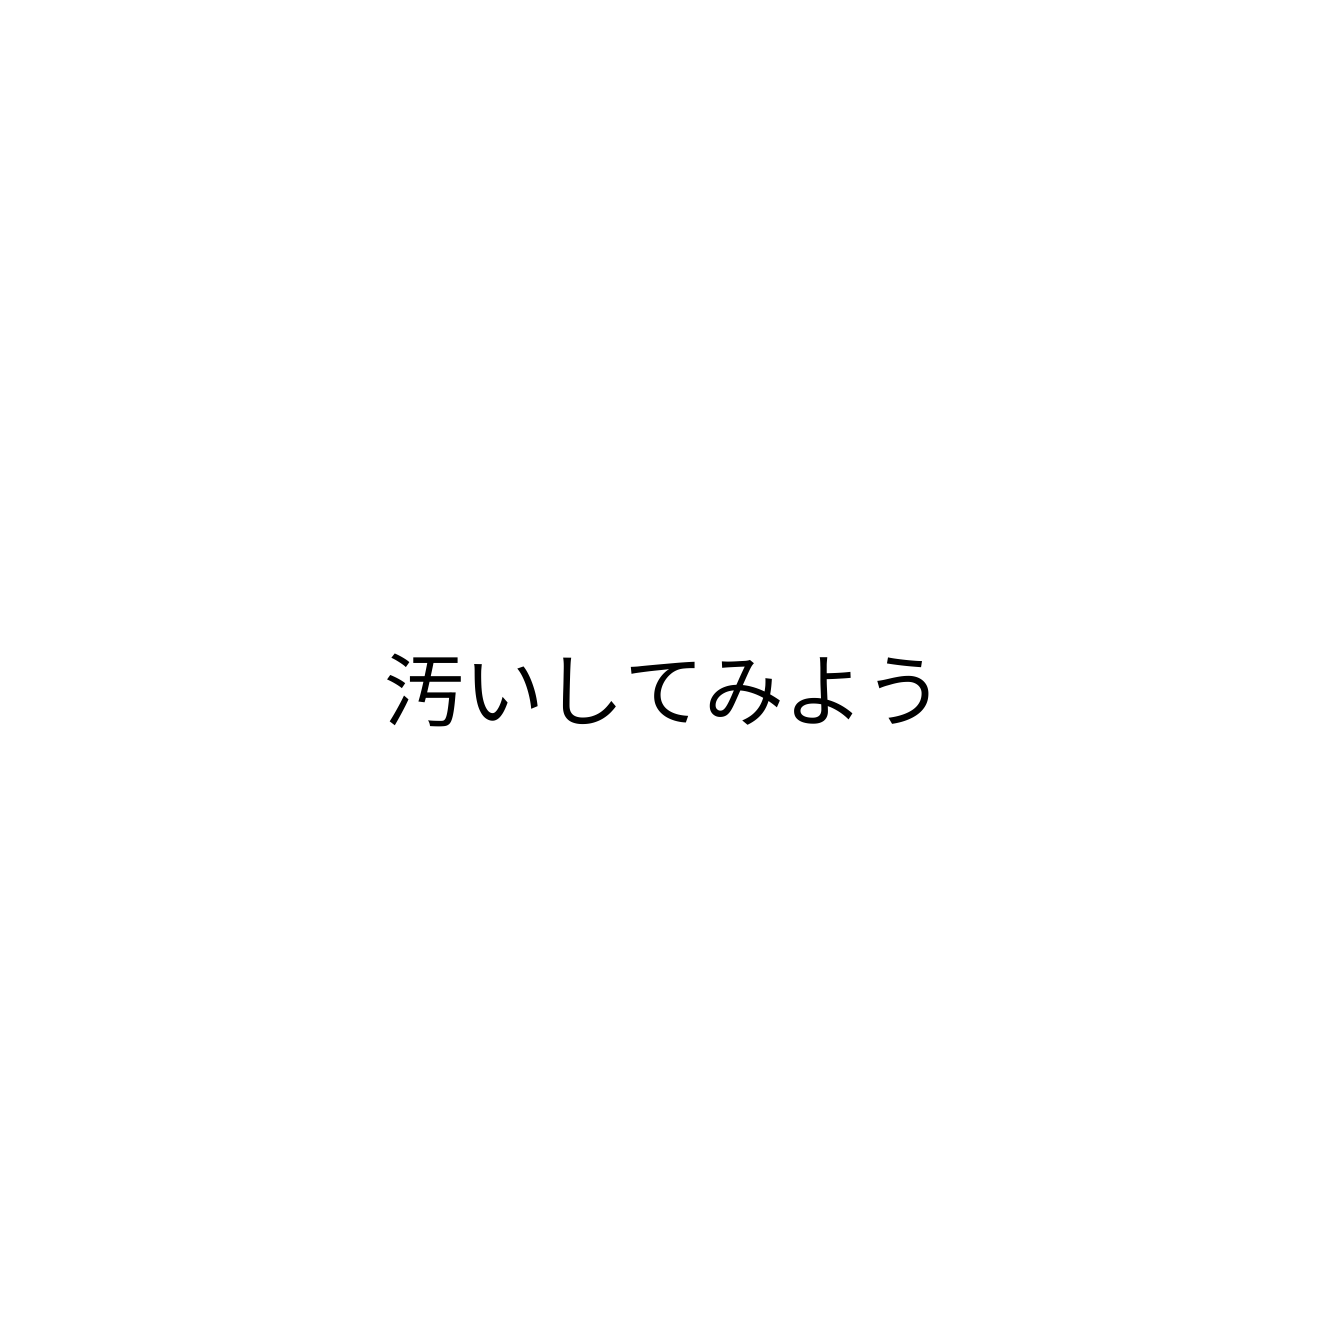
汚いしてみよう